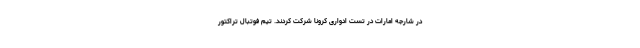
در شارجه امارات در تست ادواری کرونا شرکت کردند. تیم فوتبال تراکتور